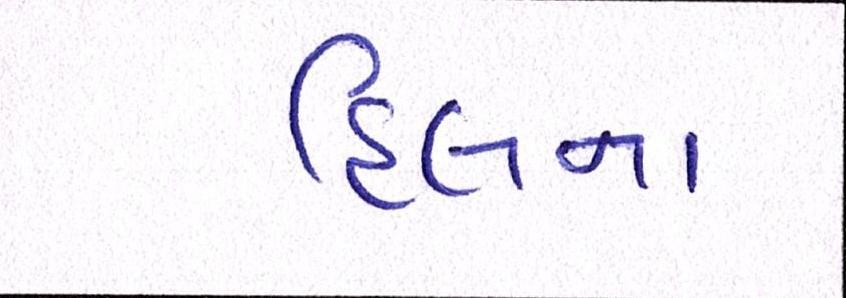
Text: હિલના